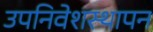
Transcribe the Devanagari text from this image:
उपनिवेशस्थापन